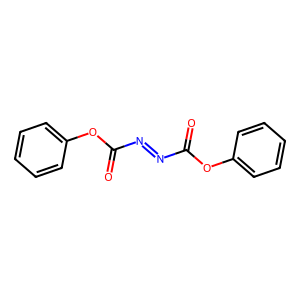
SMILES: O=C(N=NC(=O)Oc1ccccc1)Oc1ccccc1
Inhibits HIV replication: No